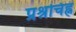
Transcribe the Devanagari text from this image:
प्रश्रचिह्न